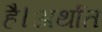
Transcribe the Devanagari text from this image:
है।अर्थात